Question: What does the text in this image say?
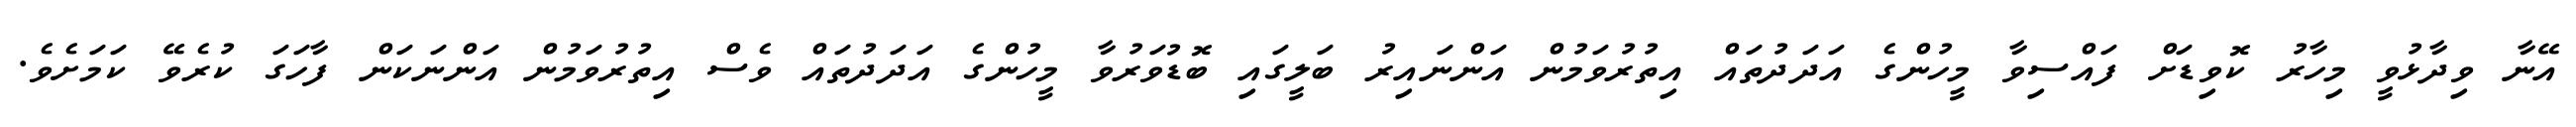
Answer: އޭނާ ވިދާޅުވީ މިހާރު ކޮވިޑަށް ފައްސިވާ މީހުންގެ އަދަދުތައް އިތުރުވަމުން އަންނައިރު ބަލީގައި ބޮޑުވަރުވާ މީހުންގެ އަދަދުތައް ވެސް އިތުރުވަމުން އަންނަކަން ފާހަގަ ކުރެވޭ ކަމަށެވެ.